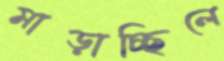
মাড়াচ্ছিলে